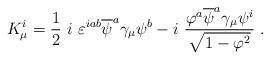
LaTeX: \begin{align*}K^i_\mu = \frac 12~i~\varepsilon^{iab} \overline{\psi}^a \gamma_\mu \psi^b-i~ {\varphi^a \overline{\psi}^a \gamma_\mu \psi^i \over \sqrt{1-{\varphi}^2}}~.\end{align*}